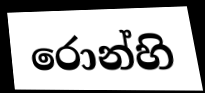
රොන්හි